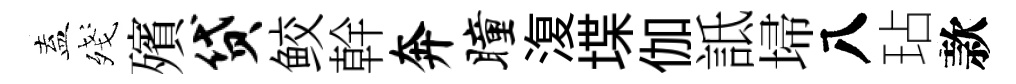
盍殘殯贷鲛幹奔瞳𣸪堞伽詆埽八玷款